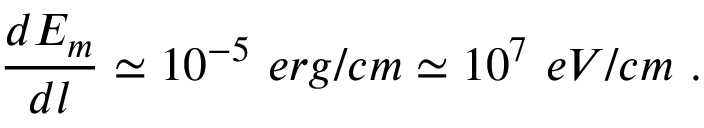
\frac { d E _ { m } } { d l } \simeq 1 0 ^ { - 5 } ~ e r g / c m \simeq 1 0 ^ { 7 } ~ e V / c m ~ .